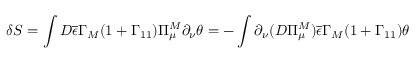
\delta S = \int D \overline { { { \epsilon } } } \Gamma _ { M } ( 1 + \Gamma _ { 1 1 } ) \Pi _ { \mu } ^ { M } \partial _ { \nu } \theta = - \int \partial _ { \nu } ( D \Pi _ { \mu } ^ { M } ) \overline { { { \epsilon } } } \Gamma _ { M } ( 1 + \Gamma _ { 1 1 } ) \theta